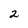
Character: 2